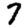
Digit: 7